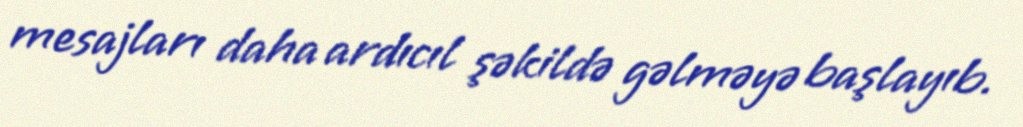
mesajları daha ardıcıl şəkildə gəlməyə başlayıb.